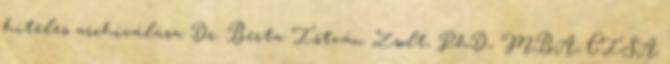
hiteles archiválása Dr. Berta István Zsolt, PhD, MBA, CISA